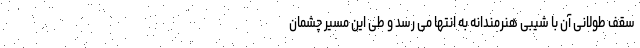
سقف طولانی آن با شیبی هنرمندانه به انتها می رسد و طی این مسیر چشمان